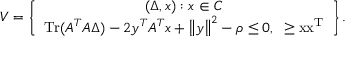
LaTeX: V = \left\{ { \begin{array} { c } { ( \Delta , x ) : x \in C \mathrm { { } } } \\ { \operatorname { T r } ( A ^ { T } A \Delta ) - 2 y ^ { T } A ^ { T } x + \left\| y \right\| ^ { 2 } - \rho \leq 0 , \mathrm { { { } \Delta \geq x x ^ { T } } } } \end{array} } \right\} .